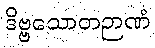
ဒိဗ္ဗသောတဉာဏံ